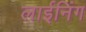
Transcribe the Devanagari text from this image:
लाईनिंग